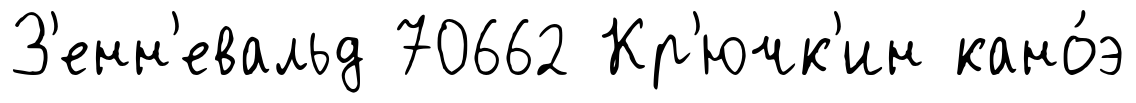
З'енн'евальд 70662 Кр'ючк'ин кано́э